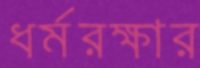
ধর্মরক্ষার